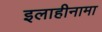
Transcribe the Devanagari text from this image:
इलाहीनामा